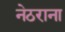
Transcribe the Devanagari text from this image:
नेठराना